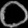
Digit: ၀